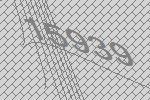
15939